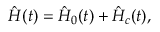
\hat { H } ( t ) = \hat { H } _ { 0 } ( t ) + \hat { H } _ { c } ( t ) ,